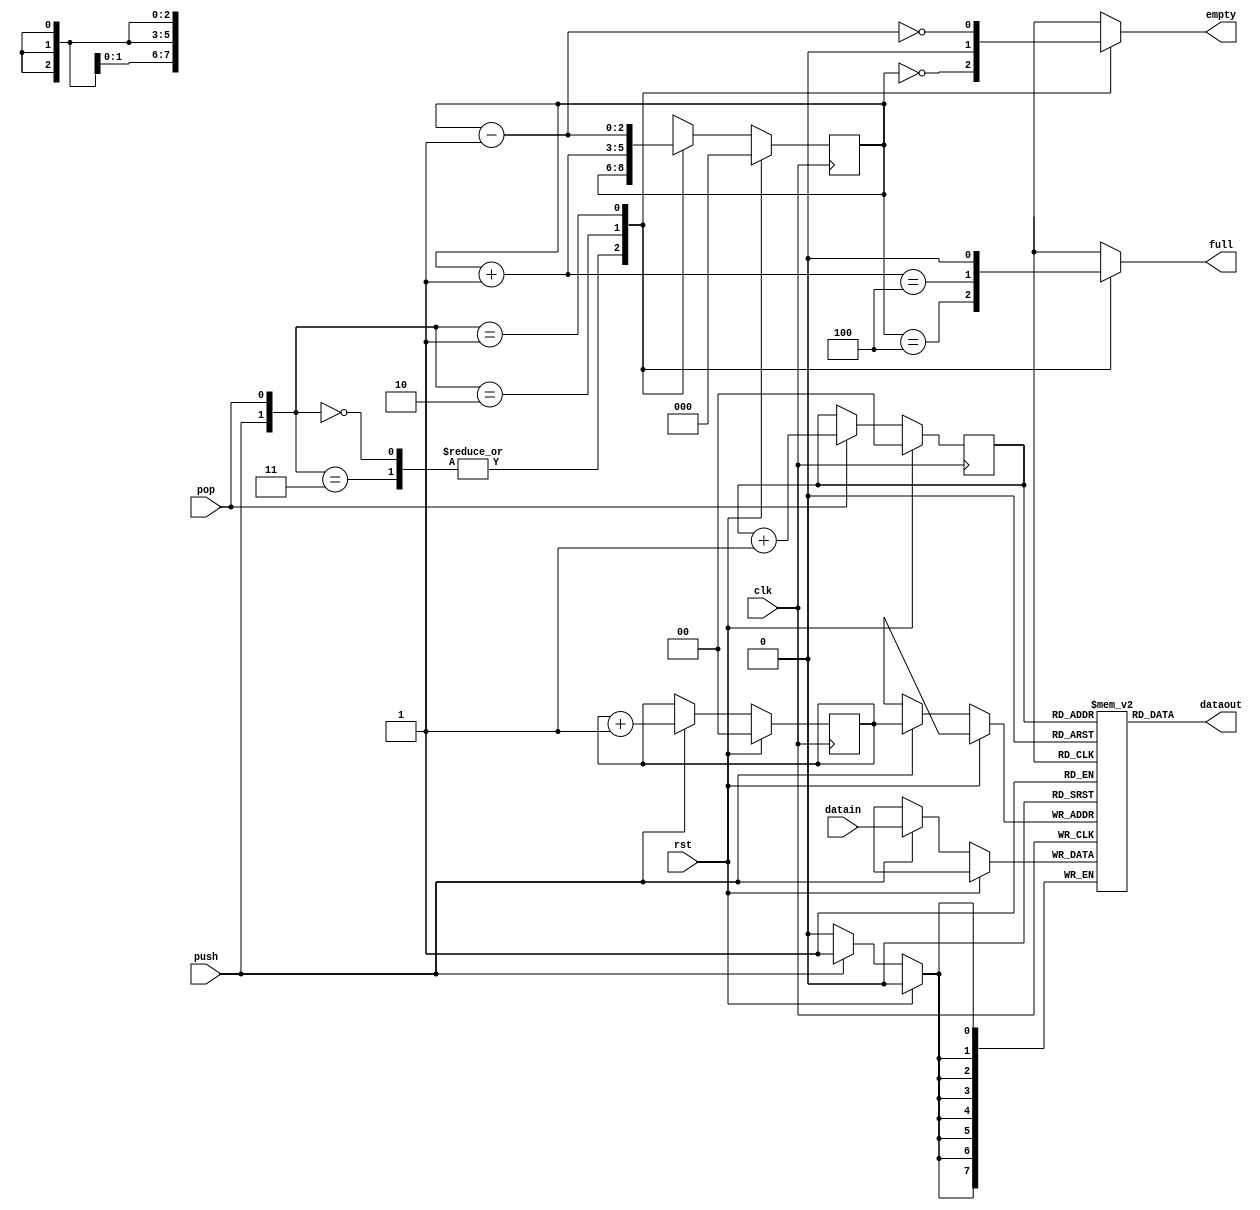
//Write in verilog, not sure of system verilog support
//in FPGA synthesis

module fifo (/*AUTOARG*/
   // Outputs
   full, empty, dataout, 
   // Inputs
   clk, rst, push, pop, datain
   );

   //------------------------------
   parameter width=8;
   parameter depth=4;
   parameter log2depth=2;
   //------------------------------
   input     clk,rst;
   input     push,pop;
   input [width-1:0] datain;
   
   output    full,empty;
   output [width-1:0] dataout;
   //------------------------------
   reg [width-1:0]    mem[0:depth-1];
   //------------------------------

   reg [log2depth-1:0]  rd_ptr,wr_ptr;
   reg [log2depth:0] 	cnt ,cnt_w ;
   reg 			full, empty;

   always @(posedge clk)
     if (rst)
       begin
	  cnt <= 0;
	  rd_ptr <=0 ;
	  wr_ptr <=0 ;
       end
     else
       begin
	  cnt <= cnt_w;
	  
	  if (push)
	    begin
	       mem[wr_ptr] <= datain;
	       wr_ptr <= wr_ptr + 1;
	    end

	  if (pop)
	    rd_ptr <= rd_ptr + 1 ;
	  
       end // else: !if(rst)

   always @*
     case({push,pop})
       2'b00,2'b11:begin
	  cnt_w = cnt ;
	  full = (cnt_w == depth);
	  empty = (cnt_w == 0);
       end
       
       2'b10: begin
	  cnt_w = cnt + 1;
	  full = (cnt_w == depth);
	  empty = 0;
       end
       
       2'b01: begin
	  cnt_w = cnt - 1;
	  full = 0;
	  empty = (cnt_w == 0);	  
       end
     endcase // case({push,pop})

   wire [width-1:0]	       dataout = mem[rd_ptr] ;

endmodule // fifo

`ifdef TEST
module tb ;

   parameter width = 8;
   
   /*AUTOREGINPUT*/
   // Beginning of automatic reg inputs (for undeclared instantiated-module inputs)
   reg			clk;			// To dut of fifo.v
   reg [width-1:0]	datain;			// To dut of fifo.v
   reg			pop;			// To dut of fifo.v
   reg			push;			// To dut of fifo.v
   reg			rst;			// To dut of fifo.v
   // End of automatics

   /*AUTOWIRE*/
   // Beginning of automatic wires (for undeclared instantiated-module outputs)
   wire [width-1:0]	dataout;		// From dut of fifo.v
   wire			empty;			// From dut of fifo.v
   wire			full;			// From dut of fifo.v
   // End of automatics
   
   fifo dut(/*AUTOINST*/
	    // Outputs
	    .full			(full),
	    .empty			(empty),
	    .dataout			(dataout[width-1:0]),
	    // Inputs
	    .clk			(clk),
	    .rst			(rst),
	    .push			(push),
	    .pop			(pop),
	    .datain			(datain[width-1:0]));

   initial clk = 0;
   always #5 clk = ~clk ;

   initial
     begin
	$dumpvars;
	
	rst <= 1;
	push <= 0;
	datain <= 0;
	pop <= 0;
	tick(10);
	rst <= 0 ;
	tick(10);

	/*
	repeat(4)
	  begin
	     datain <= datain + 1;
	     push <= 1;
	     tick(1);
	  end
	push <= 0;
	tick(10);

	repeat(4)
	  begin
	     pop <= 1;
	     tick(1);
	  end
	pop <= 0;
	tick(10);	
	 */
	tick(1000);
	
	$finish;
     end

   always
     begin

	wait(rst == 0);
	tick(10);

	fork

	   repeat(100)
	   begin
	      tick(1);
	      if ( ~full )
		begin
		   push <= 1;
		   datain <= datain + 1;
		end
	      else
		begin
		   push <= 0 ;
		end // else: !if( ~full )
	   end // fork begin

	   repeat(100)
	   begin
	      tick(10);
	      if ( ~empty )
		begin
		   pop <= 1;
		end
	      else
		begin
		   pop <= 0 ;
		end // else: !if( ~full )
	   end // fork begin
	   
	join
	
     end
   
   task tick;
      input [31:0] n ;
      begin
	 repeat (n) @(posedge clk);
      end
   endtask // tick
   
endmodule // tb
`endif //  `ifdef TEST